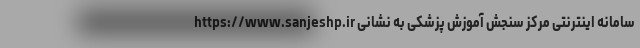
سامانه اینترنتی مرکز سنجش آموزش پزشکی به نشانی https://www.sanjeshp.ir